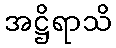
အဋ္ဌိရာသိ